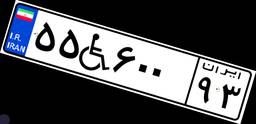
۸۸W۱۸۴۹۲